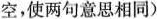
空,使两句意思相同)